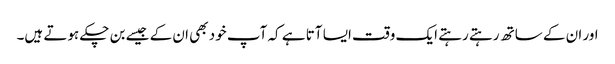
اور ان کے ساتھ رہتے رہتے ایک وقت ایسا آتا ہے کہ آپ خود بھی ان کے جیسے بن چکے ہوتے ہیں۔